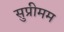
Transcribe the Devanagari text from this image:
सुप्रीमम